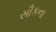
સૌકનો